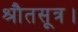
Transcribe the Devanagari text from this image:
श्रौतसूत्र।